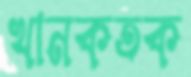
খানকতক